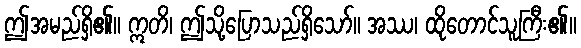
ဤအမည်ရှိ၏။ ဣတိ၊ ဤသို့ပြောသည်ရှိသော်။ အဿ၊ ထိုတောင်သူကြီး၏။